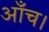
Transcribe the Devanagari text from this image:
आँच।